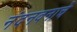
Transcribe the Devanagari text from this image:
नंदनवनाचे